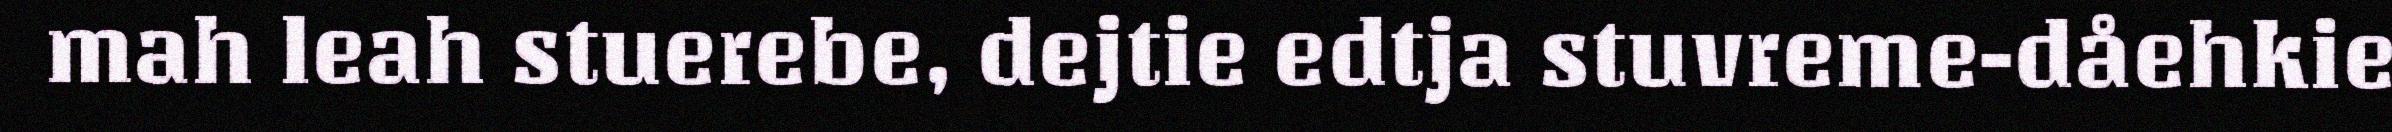
mah leah stuerebe, dejtie edtja stuvreme-dåehkie